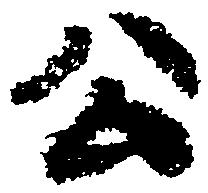
公